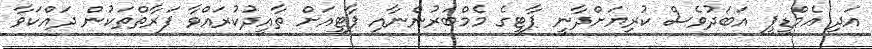
އަދި އެމްޑީޕީ އަބަދުވެސް ކުރިޔަށްދާނީ ޕާޓީގެ މެމްބަރުންނާއި ޕާޓީއަށް ތާއީދުކުރައްވާ ފަރާތްތަކުން ދައްކަވާ